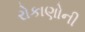
રોકાણોની